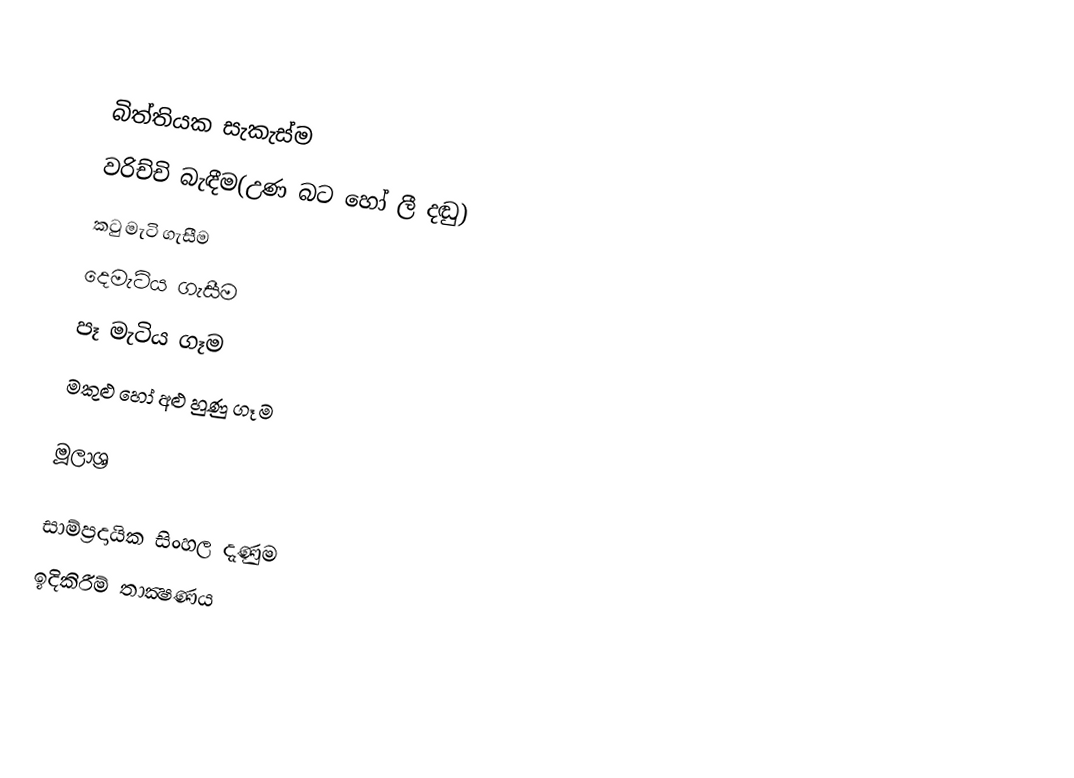

බිත්තියක සැකැස්ම
 වරිච්චි බැඳීම(උණ බට හෝ ලී දඬු)
 කටු මැටි ගැසීම
 දෙමැටිය ගැසීම
 පෑ මැටිය ගෑම
 මකුළු හෝ අළු හුණු ගෑම

මූලාශ්‍ර

සාම්ප්‍රදායික සිංහල දැණුම
ඉදිකිරීම් තාක්‍ෂණය